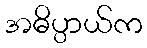
အဓိပ္ပာယ်က